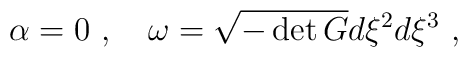
\alpha = 0~,~~~ \omega = \sqrt{- \det G}d \xi^2 d \xi^3 ~,